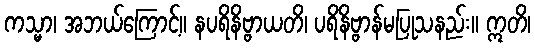
ကသ္မာ၊ အဘယ်ကြောင့်။ နပရိနိဗ္ဗာယတိ၊ ပရိနိဗ္ဗာန်မပြုသနည်း။ ဣတိ၊